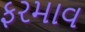
ફરમાવ